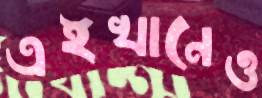
এইখানেও